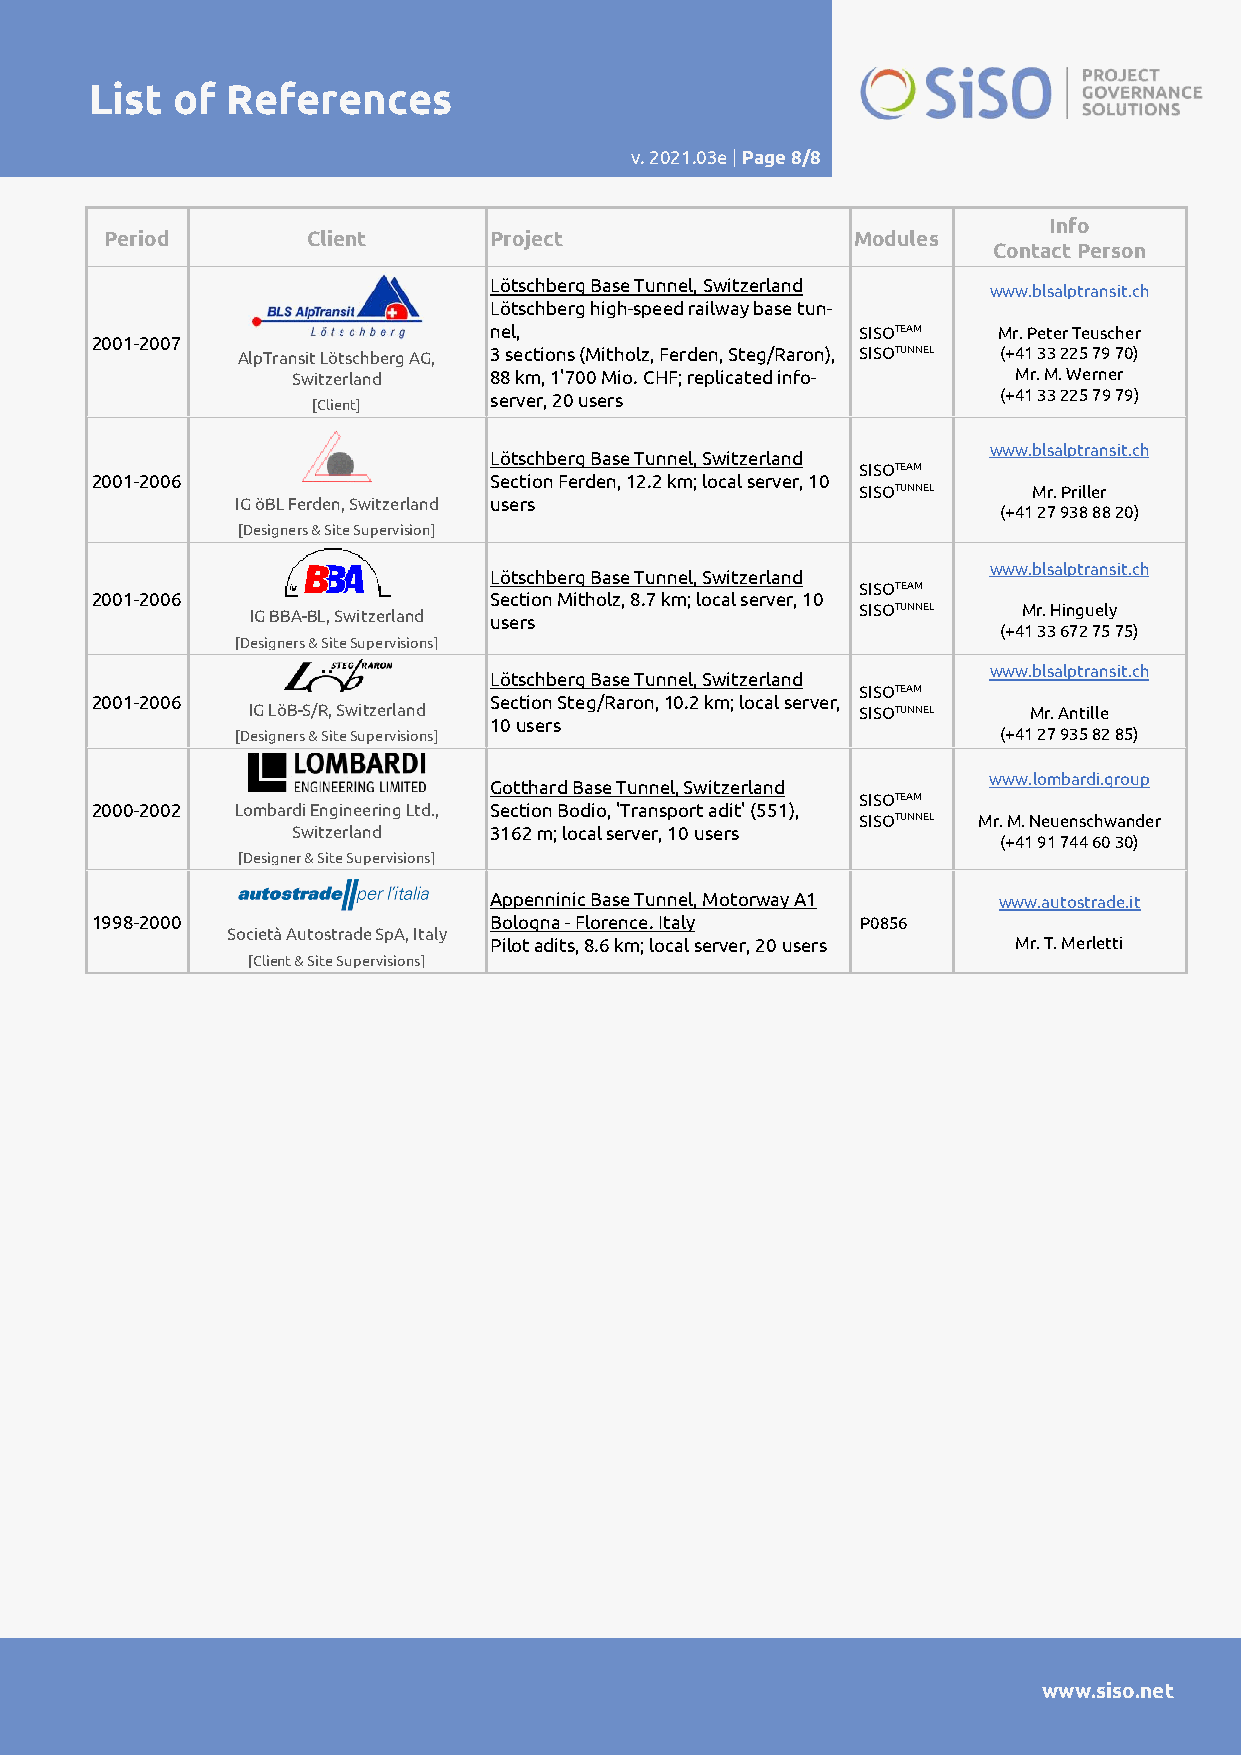
List of  References
 v. 2021.03e | Page 8/8
 Info
 Period       Client      Project                  Modules
 Contact Person
 Lötschberg Base Tunnel, Switzerland www.blsalptransit.ch
 Lötschberg high-speed railway base tun-
 nel,                     SISOTEAM Mr. Peter Teuscher
 2001-2007
 AlpTransit Lötschberg AG, 3 sections (Mitholz, Ferden, Steg/Raron), SISOTUNNEL (+41 33 225 79 70)
 Switzerland  88 km, 1'700 Mio. CHF; replicated info- Mr. M. Werner
 server, 20 users                  (+41 33 225 79 79)
 [Client]
 www.blsalptransit.ch
 Lötschberg Base Tunnel, Switzerland
 SISOTEAM
 2001-2006                 Section Ferden, 12.2 km; local server, 10
 SISOTUNNEL Mr. Priller
 IG öBL Ferden, Switzerland users
 (+41 27 938 88 20)
 [Designers & Site Supervision]
 www.blsalptransit.ch
 Lötschberg Base Tunnel, Switzerland
 SISOTEAM
 2001-2006                 Section Mitholz, 8.7 km; local server, 10
 IG BBA-BL, Switzerland users            SISOTUNNEL Mr. Hinguely
 (+41 33 672 75 75)
 [Designers & Site Supervisions]
 www.blsalptransit.ch
 Lötschberg Base Tunnel, Switzerland
 SISOTEAM
 2001-2006                 Section Steg/Raron, 10.2 km; local server,
 IG LöB-S/R, Switzerland                  SISOTUNNEL Mr. Antille
 10 users
 [Designers & Site Supervisions]                   (+41 27 935 82 85)
 Gotthard Base Tunnel, Switzerland
 www.lombardi.group
 SISOTEAM
 2000-2002 Lombardi Engineering Ltd., Section Bodio, 'Transport adit' (551),
 SISOTUNNEL Mr. M. Neuenschwander
 Switzerland  3162 m; local server, 10 users
 (+41 91 744 60 30)
 [Designer & Site Supervisions]
 Appenninic Base Tunnel, Motorway A1 www.autostrade.it
 1998-2000                 Bologna - Florence. Italy P0856
 Società Autostrade SpA, Italy
 Pilot adits, 8.6 km; local server, 20 users Mr. T. Merletti
 [Client & Site Supervisions]
 www.siso.net